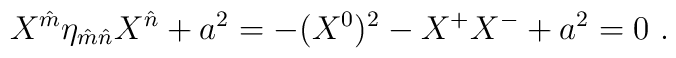
X^{\hat m}\eta_{\hat m \hat n} X^{\hat n}  + a^2 = - (X^0)^2 -X^+  X^-+ a^2 =0\ .